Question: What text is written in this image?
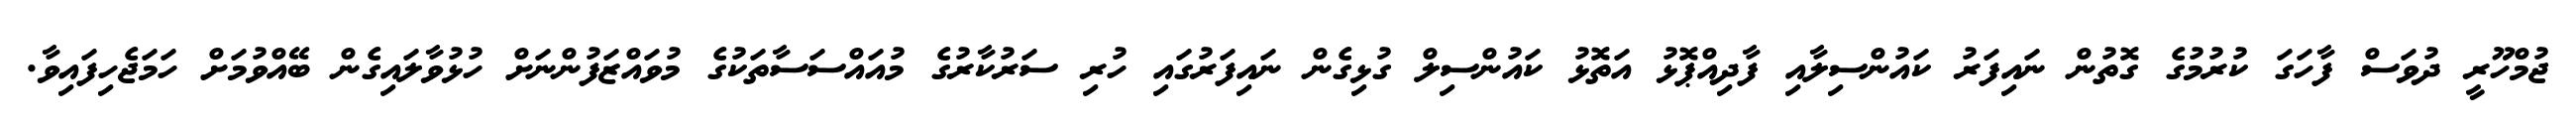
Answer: ޖުމްހޫރީ ދުވަސް ފާހަގަ ކުރުމުގެ ގޮތުން ނައިފަރު ކައުންސިލާއި ފާދިއްޕޮޅު އަތޮޅު ކައުންސިލް ގުޅިގެން ނައިފަރުގައި ހުރި ސަރުކާރުގެ މުއައްސަސާތަކުގެ މުވައްޒަފުންނަށް ހުޅުވާލައިގެން ބޭއްވުމަށް ހަމަޖެހިފައިވާ.